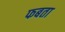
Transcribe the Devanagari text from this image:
फबता